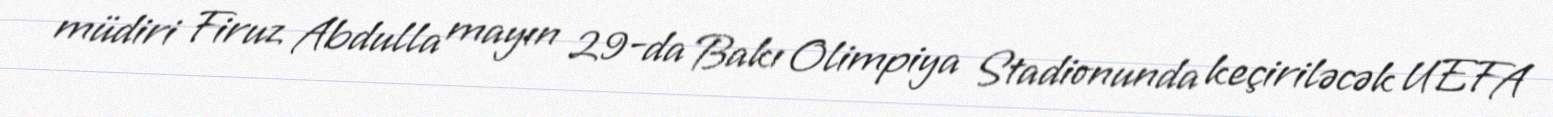
müdiri Firuz Abdulla mayın 29-da Bakı Olimpiya Stadionunda keçiriləcək UEFA